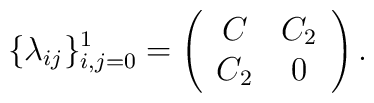
\{\lambda_{ij}\}_{i,j=0}^1=\left( \begin{array}{cc} C & C_2\\						    C_2 &0				  \end{array} \right).